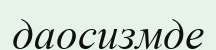
даосизмде